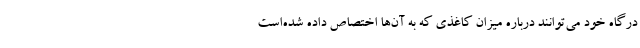
درگاه خود می‌توانند درباره میزان کاغذی که به آن‌ها اختصاص داده شده‌است